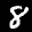
Label: 8